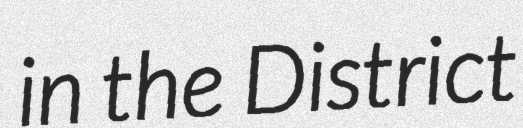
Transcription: in the District